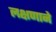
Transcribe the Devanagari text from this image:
लक्षणाने